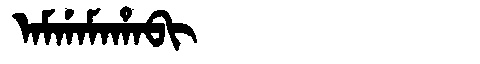
Manchu: ᠠᠮᡤᠠᠮᠠᡥᠠᠪᡳ
Romanization: AMGAMAHABI